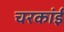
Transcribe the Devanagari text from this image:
चरकांई